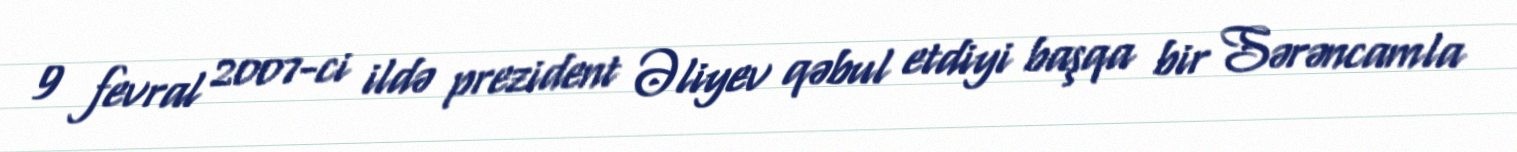
9 fevral 2007-ci ildə prezident Əliyev qəbul etdiyi başqa bir Sərəncamla